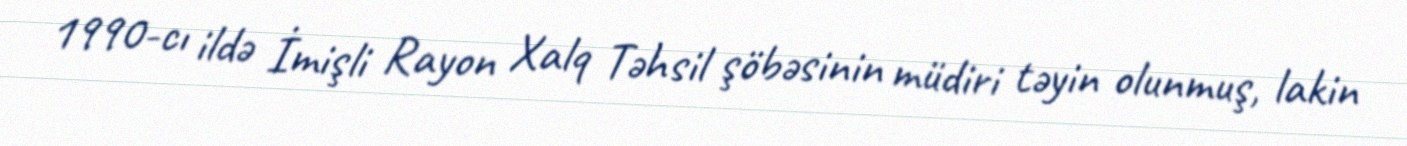
1990-cı ildə İmişli Rayon Xalq Təhsil şöbəsinin müdiri təyin olunmuş, lakin